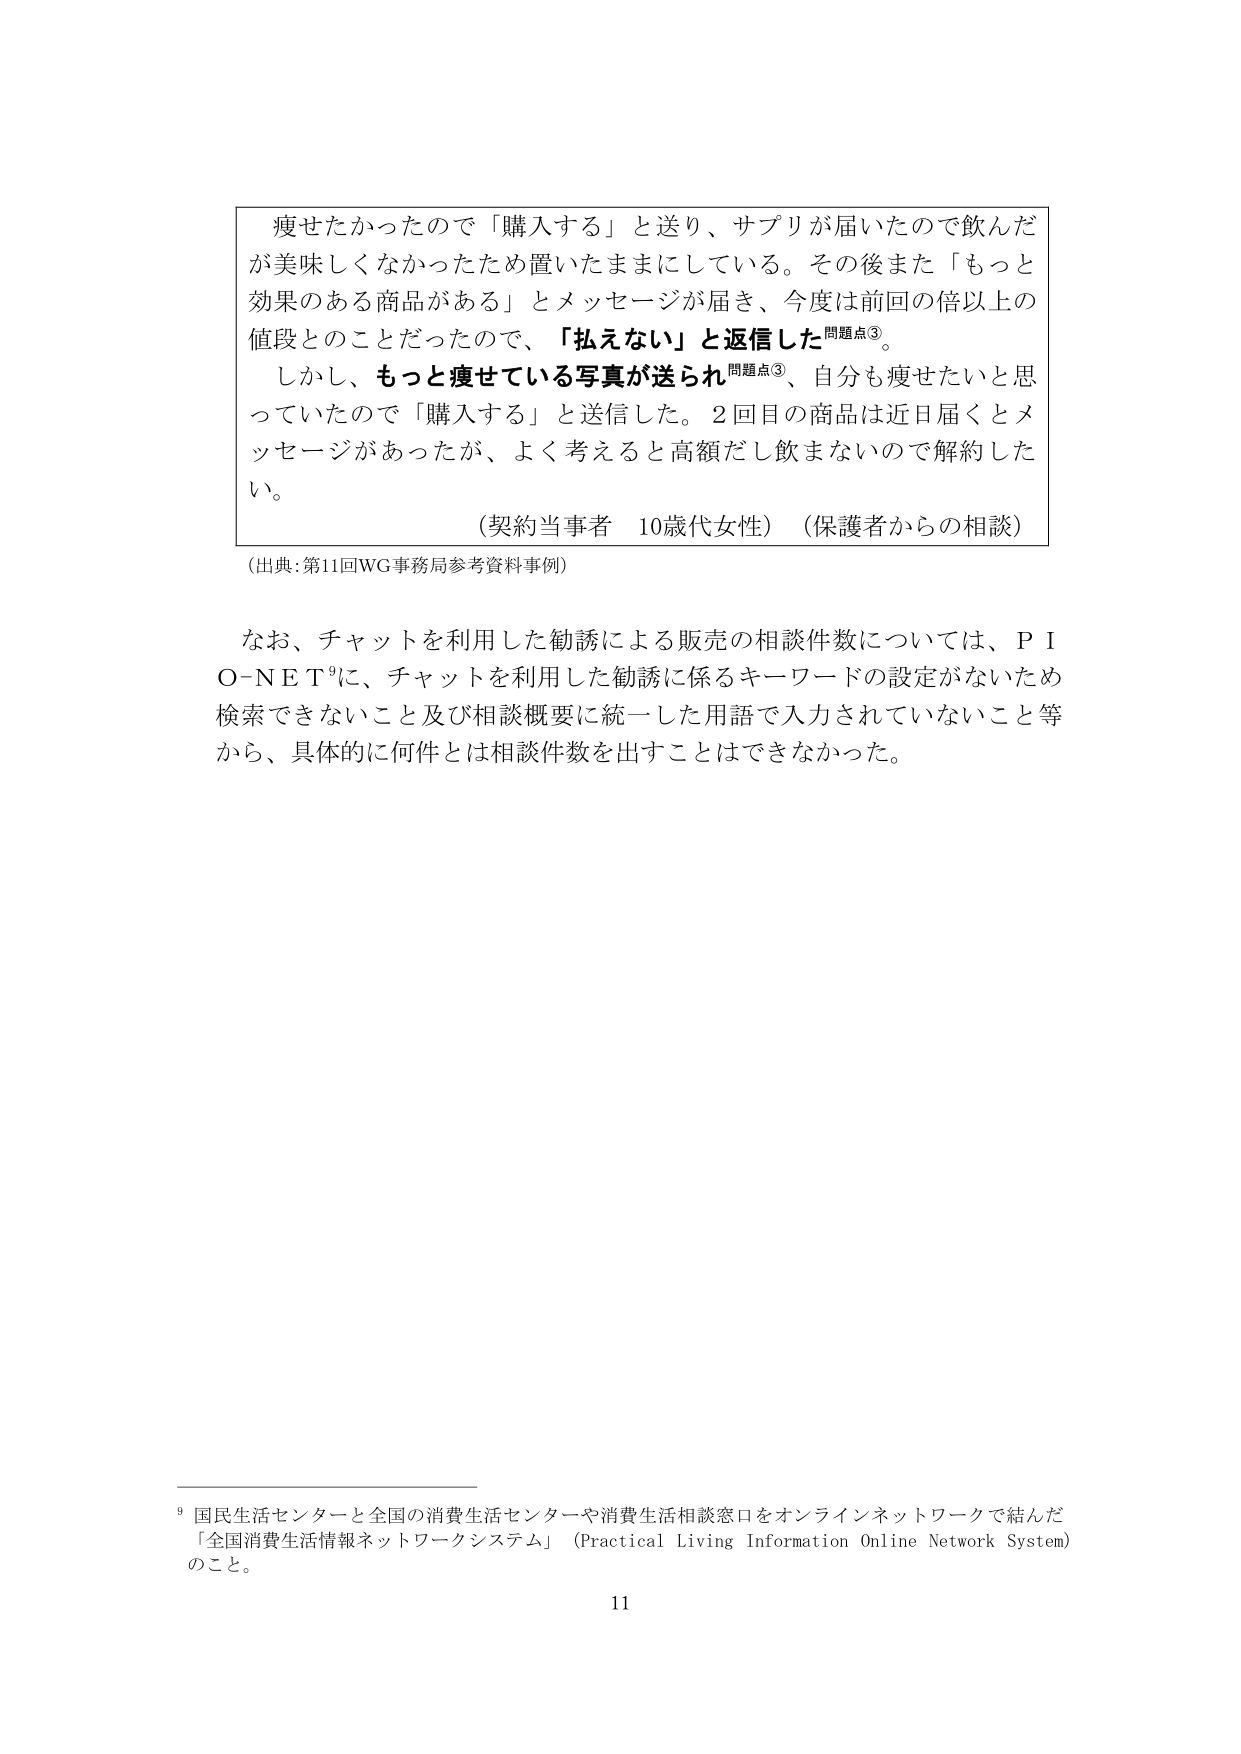
痩せたかったので「購入する」と送り、サプリが届いたので飲んだが美味しくなかったため置いたままにしている。その後また「もっと効果のある商品がある」とメッセージが届き、今度は前回の倍以上の値段とのことだったので、「払えない」と返信した問題点③。

しかし、もっと痩せている写真が送られ問題点③、自分も痩せたいと思っていたので「購入する」と送信した。2回目の商品は近日届くとメッセージがあったが、よく考えると高額だし飲まないので解約したい。

（契約当事者 10歳代女性）（保護者からの相談）

（出典：第11回WG事務局参考資料事例）

なお、チャットを利用した勧誘による販売の相談件数については、ＰＩＯ－ＮＥＴ⁹に、チャットを利用した勧誘に係るキーワードの設定がないため検索できないこと及び相談概要に統一した用語で入力されていないこと等から、具体的に何件とは相談件数を出すことはできなかった。

⁹ 国民生活センターと全国の消費生活センターや消費生活相談窓口をオンラインネットワークで結んだ「全国消費生活情報ネットワークシステム」（Practical Living Information Online Network System）のこと。

11